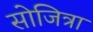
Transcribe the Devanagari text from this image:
सोजित्रा